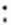
: